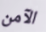
الآمن